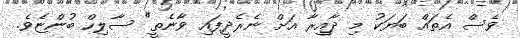
ވެސް އެތައް ބަޔަކު މި ދާއިރާ އަށް ނެރެދީފައި ވާނެތީ" ސާލިހް ބުންޏެވެ.